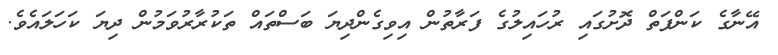
އޭނާގެ ކަންފަތް ދޮށުގައި ރުހައިލުގެ ފަރާތުން އިވިގެންދިޔަ ބަސްތައް ތަކުރާރުވަމުން ދިޔަ ކަހަލައެވެ.